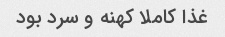
غذا کاملا کهنه و سرد بود